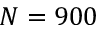
N = 9 0 0